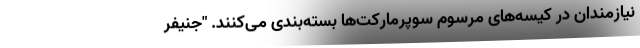
نیازمندان در کیسه‌های مرسوم سوپرمارکت‌ها بسته‌بندی می‌کنند. "جنیفر